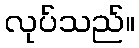
လုပ်သည်။